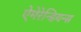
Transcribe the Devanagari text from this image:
ऐमेरेन्डियन्स